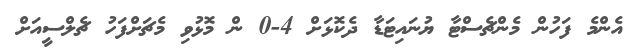
އެންމެ ފަހުން މެންޗެސްޓާ ޔުނައިޓަޑާ ދެކޮޅަށް 4-0 ން މޮޅުވި މެޗަށްފަހު ޗެލްސީއަށް